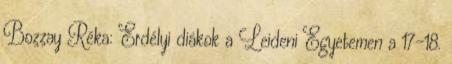
Bozzay Réka: Erdélyi diákok a Leideni Egyetemen a 17–18.